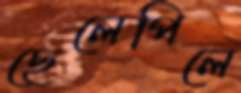
ছেলেপিলে